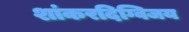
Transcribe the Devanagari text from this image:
शांकरदिग्विजय